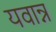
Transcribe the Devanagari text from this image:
यवान्न